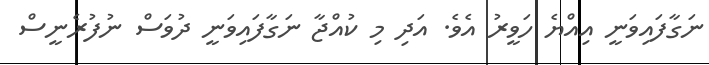
ނަގާފައިވަނީ އިއްޔެ ހަވީރު އެވެ. އަދި މި ކުއްޖާ ނަގާފައިވަނީ ދުވަސް ނުފުރެނީސް